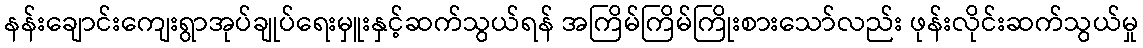
နန်းချောင်းကျေးရွာအုပ်ချုပ်ရေးမှူးနှင့်ဆက်သွယ်ရန် အကြိမ်ကြိမ်ကြိုးစားသော်လည်း ဖုန်းလိုင်းဆက်သွယ်မှု